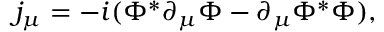
j _ { \mu } = - i ( \Phi ^ { * } \partial _ { \mu } \Phi - \partial _ { \mu } \Phi ^ { * } \Phi ) ,